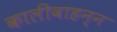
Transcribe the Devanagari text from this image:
कालीवाहन्न